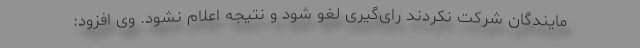
مایندگان شرکت نکردند رای‌گیری لغو شود و نتیجه اعلام نشود. وی افزود: